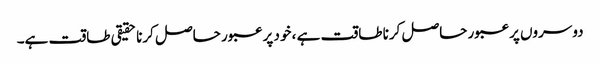
دوسروں پر عبور حاصل کرنا طاقت ہے ، خود پر عبور حاصل کرنا حقیقی طاقت ہے۔